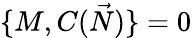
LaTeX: \{ M,C({\vec{N}})\} =0